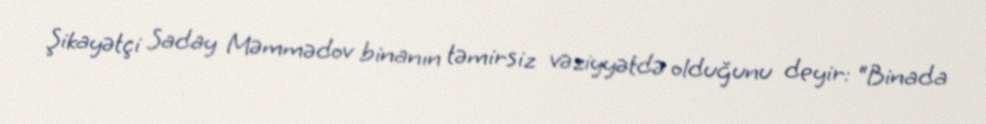
Şikayətçi Saday Məmmədov binanın təmirsiz vəziyyətdə olduğunu deyir: “Binada